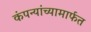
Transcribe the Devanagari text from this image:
कंपन्यांच्यामार्फत